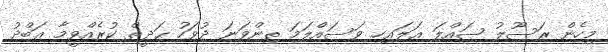
މިހެން ރަސޫލު ޞައްލަ ޢަލައިހި ވަސައްލަމަ ތިންވަނަ ދުވަހު ޙަދީޡް ކުރެއްވީމާ ޢަބްދު